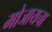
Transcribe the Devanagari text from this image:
मोजायचा